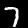
Digit: 7